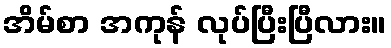
အိမ်စာ အကုန် လုပ်ပြီးပြီလား။